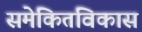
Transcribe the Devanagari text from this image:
समेकितविकास